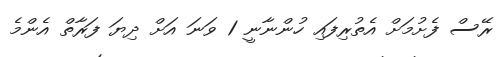
ރޭސް ފެށުމަށް އެތުރިފައި ހުންނާނީ 1 ވަނަ އަށް ދިޔަ ފަރާތް އެންމެ